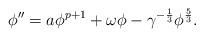
LaTeX: \begin{align*} \phi''=a\phi^{p+1}+\omega \phi-\gamma^{-\frac 13}\phi^{\frac 53}.\end{align*}